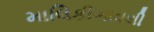
માલિકીભાવથી